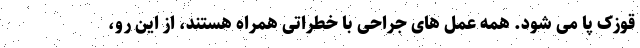
قوزک پا می شود. همه عمل های جراحی با خطراتی همراه هستند، از این رو،